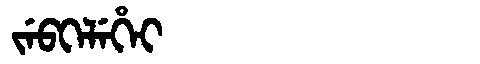
Manchu: ᠵᡝᠪᡴᡝᠯᡝᡥᡝᡳ
Romanization: JEBKELEHEI